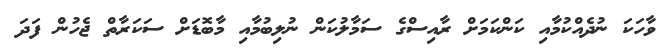
ވާހަކަ ނުދެއްކުމާއި ކަންކަމަށް ރާއިސްގެ ސަމާލުކަން ނުލިބުމާއި މާބޮޑަށް ސަކަރާތް ޖެހުން ފަދަ